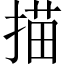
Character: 描